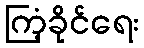
ကြံ့ခိုင်ရေး